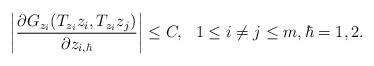
LaTeX: \begin{align*}\bigg|\frac{\partial G_{z_i}(T_{z_i}z_i, T_{z_i}z_j)}{\partial z_{i,\hbar}}\bigg|\leq C, \ \ 1\leq i\neq j\leq m, \hbar=1,2.\end{align*}